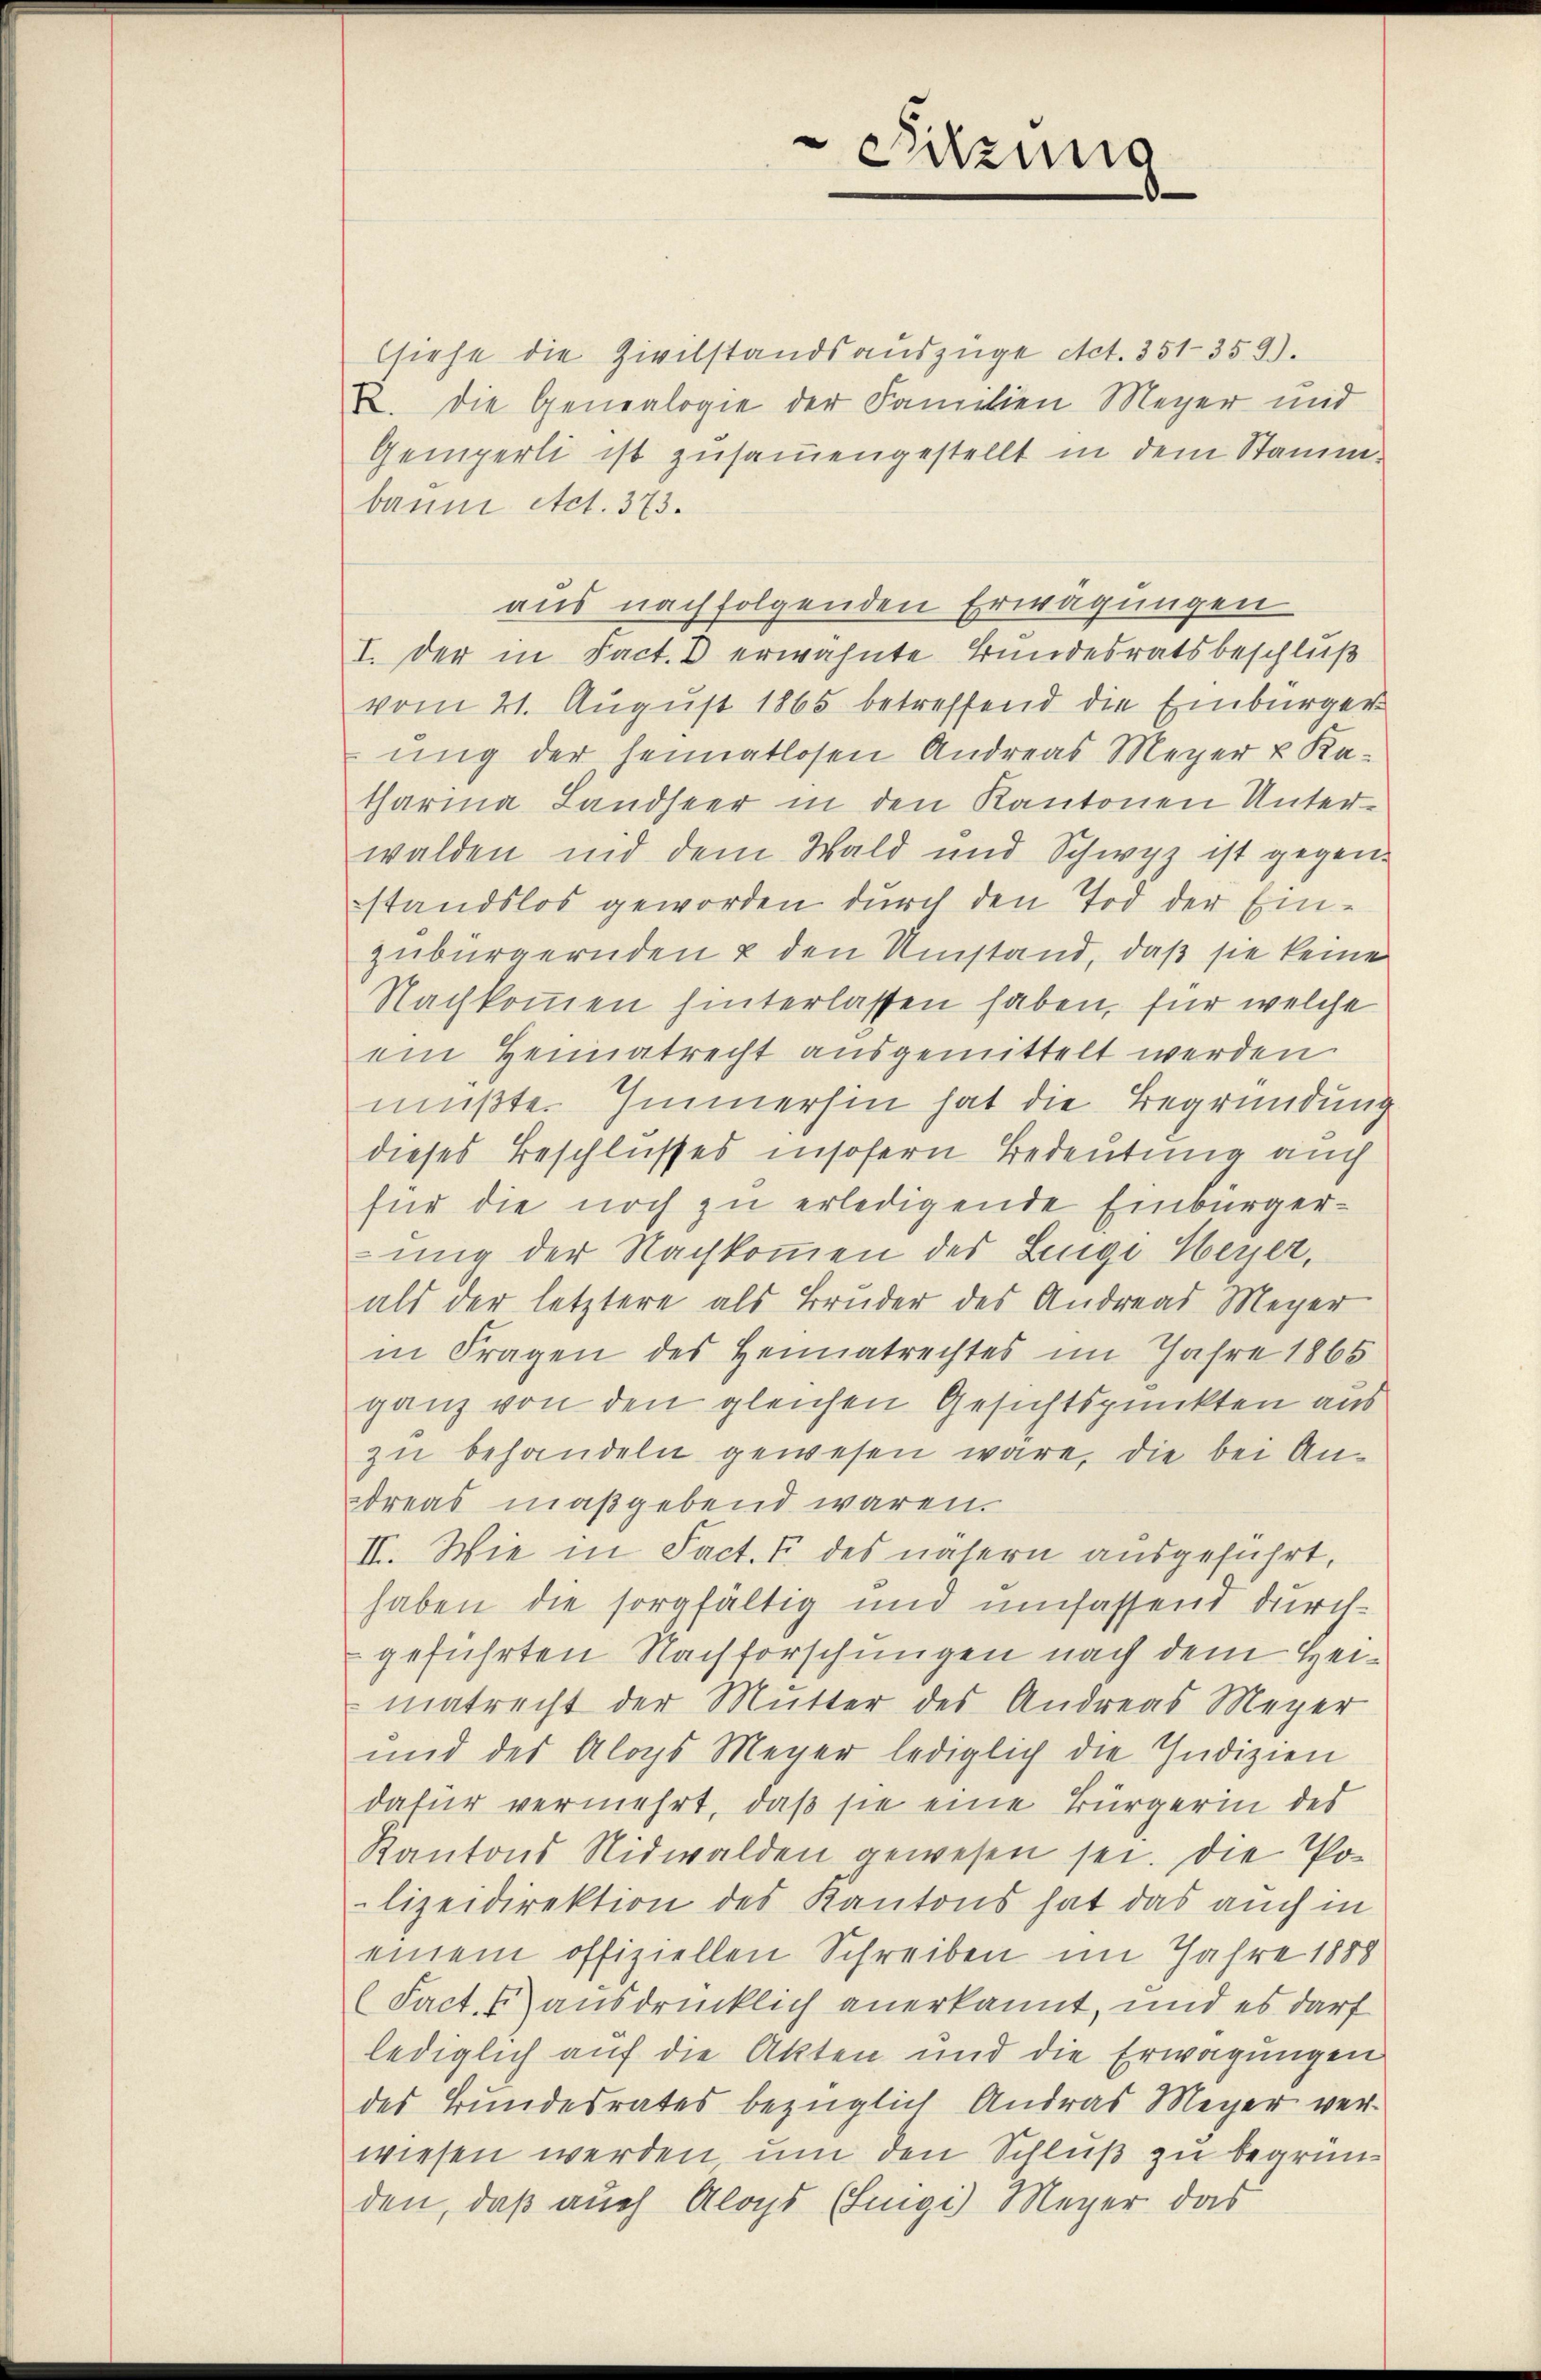
siehe die Zivilstandsauszüge Act. 351—359).
R. Die Genealogie der Familien Meyer mit
Gemperli ist zusammengestellt in dem Stammbaum Act. 373.
aus nachfolgenden Erwägungen
I. Der in Fact. B erwähnte Bundesratsbeschluß
vom 21. August 1865 betreffend die Einbürger
ung der heimatlosen Andreas Meyer u Ka-
tharina Landseer in den Kantonen Unterwalden nid dem Wald und Schwyz ist gegenstandslos geworden durch den Tod der Einzubürgernden & den Umstand, daß sie keine
Nachkommen hinterlassen haben, für welche
ein Heimatrecht ausgemittelt werden.
mußte. Immerhin hat die Begründung
dieses Beschlusses insofern Bedeutung auch
für die noch zu erledigende Einbürgerung der Nachkommen des Luigi Meyer,
als der letztere als Bruder des Andreas Meyer
in Fragen des Heimatrechtes im Jahre 1865
ganz von den gleichen Gesichtspunkten aus
zu behandeln gewesen wäre, die bei Andreas maßgebend waren.
II. Wie in Fact. 7 des nähern ausgeführt,
haben die sorgfältig und umfassend durchgeführten Nachforschungen nach dem Heimatrecht der Mutter des Andreas Meyer
und des Aloys Meyer lediglich die Indizien
dafür vermehrt, daß sie eine Bürgerin des
Kantons Nidwalden gewesen sei. Die Polizeidirektion des Kantons hat das auch in
einem offiziellen Schreiben im Jahre 1888
(Fact. 5 ausdrücklich anerkannt, und es darf
lediglich auf die Akten und die Erwägungen
des Bundesrates bezüglich Andras Meyer ver-
wiesen werden um den Schluß zu begründen, daß auch Aloys (Lingi) Meyer das

Sitzung